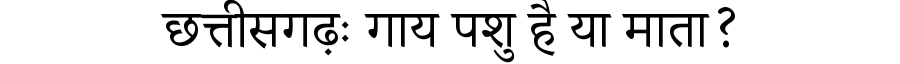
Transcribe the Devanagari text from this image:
छत्तीसगढ़ः गाय पशु है या माता?